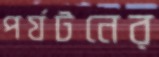
পর্যটনের